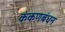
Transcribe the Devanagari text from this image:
कंकणबंधन